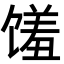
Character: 馐